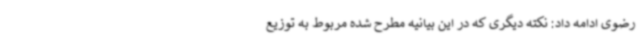
رضوی ادامه داد: نکته دیگری که در این بیانیه مطرح شده مربوط به توزیع